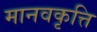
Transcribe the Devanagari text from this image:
मानवकृत्ति